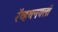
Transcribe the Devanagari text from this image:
रॅव्हवनक्लॉ